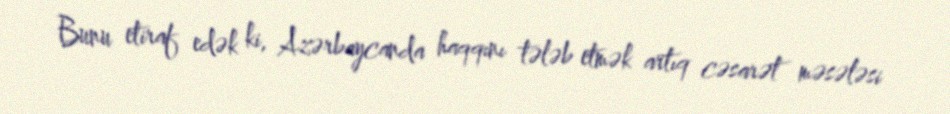
Bunu etiraf edək ki, Azərbaycanda haqqını tələb etmək artıq cəsarət məsələsi